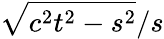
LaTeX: {\sqrt{c^{2}t^{2}-s^{2}}}/s